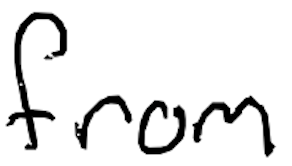
Text: from
Cross-out: clean
Writing tool: digital_black